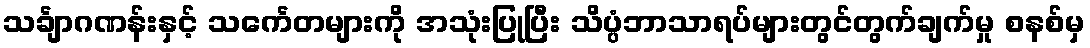
သင်္ချာဂဏန်းနှင့် သင်္ကေတများကို အသုံးပြုပြီး သိပ္ပံဘာသာရပ်များတွင်တွက်ချက်မှု စနစ်မှ